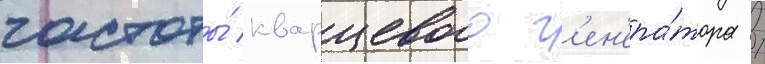
частоты́ кварцевого г'ен'ера́тора /